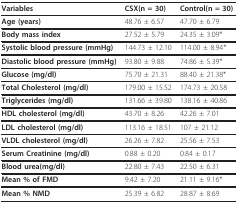
<table><thead><tr><td><b>Variables</b></td><td><b>CSX(n = 30)</b></td><td><b>Control(n = 30)</b></td></tr></thead><tbody><tr><td><b>Age (years)</b></td><td>48.76 ± 6.57</td><td>47.70 ± 6.79</td></tr><tr><td><b>Body mass index</b></td><td>27.52 ± 5.79</td><td>24.35 ± 3.09*</td></tr><tr><td><b>Systolic blood pressure (mmHg)</b></td><td>144.73 ± 12.10</td><td>114.00 ± 8.94*</td></tr><tr><td><b>Diastolic blood pressure (mmHg)</b></td><td>93.80 ± 9.88</td><td>74.86 ± 5.39*</td></tr><tr><td><b>Glucose (mg/dl)</b></td><td>75.70 ± 21.31</td><td>88.40 ± 21.38*</td></tr><tr><td><b>Total Cholesterol (mg/dl)</b></td><td>179.00 ± 15.52</td><td>174.73 ± 20.58</td></tr><tr><td><b>Triglycerides (mg/dl)</b></td><td>131.66 ± 39.80</td><td>138.16 ± 40.86</td></tr><tr><td><b>HDL cholesterol (mg/dl)</b></td><td>43.70 ± 8.26</td><td>42.26 ± 7.01</td></tr><tr><td><b>LDL cholesterol (mg/dl)</b></td><td>113.16 ± 18.51</td><td>107 ± 21.12</td></tr><tr><td><b>VLDL cholesterol (mg/dl)</b></td><td>26.26 ± 7.82</td><td>25.56 ± 7.53</td></tr><tr><td><b>Serum Creatinine (mg/dl)</b></td><td>0.88 ± 0.20</td><td>0.84 ± 0.17</td></tr><tr><td><b>Blood urea(mg/dl)</b></td><td>22.80 ± 7.43</td><td>22.50 ± 6.31</td></tr><tr><td><b>Mean % of FMD</b></td><td>9.42 ± 7.20</td><td>21.11 ± 9.16*</td></tr><tr><td><b>Mean % NMD</b></td><td>25.39 ± 6.82</td><td>28.87 ± 8.69</td></tr></tbody></table>